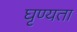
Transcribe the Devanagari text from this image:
घृण्यता